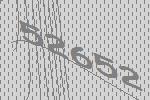
52652